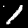
Label: 1